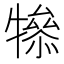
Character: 𤛤